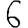
Digit: 6